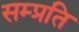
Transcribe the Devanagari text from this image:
सम्‍प्रति